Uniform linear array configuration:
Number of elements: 24
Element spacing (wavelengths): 1
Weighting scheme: binomial
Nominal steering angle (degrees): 15
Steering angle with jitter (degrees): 14.088
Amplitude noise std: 0.05
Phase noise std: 0.05

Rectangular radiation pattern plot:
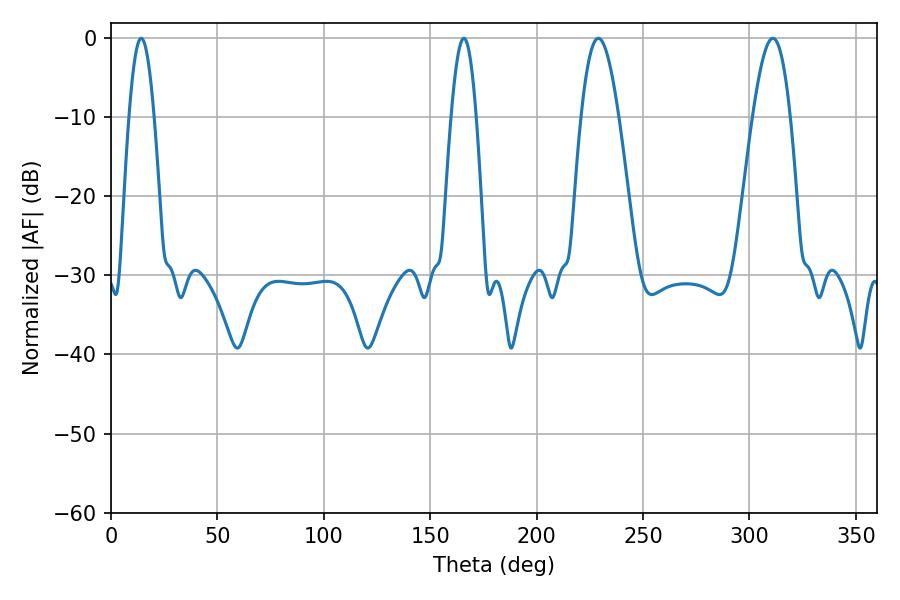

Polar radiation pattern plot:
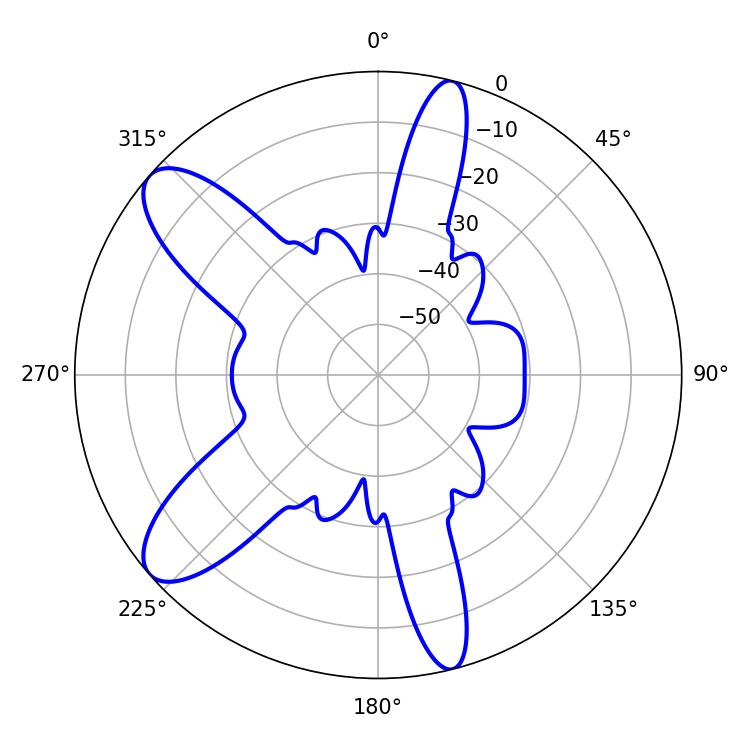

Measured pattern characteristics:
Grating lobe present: TRUE
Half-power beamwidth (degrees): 6.48
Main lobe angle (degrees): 14.22